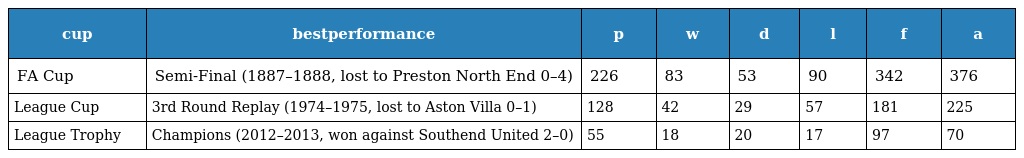
| cup | bestperformance | p | w | d | l | f | a |
 | --- | --- | --- | --- | --- | --- | --- | --- |
 | FA Cup | Semi-Final (1887–1888, lost to Preston North End 0–4) | 226 | 83 | 53 | 90 | 342 | 376 |
 | League Cup | 3rd Round Replay (1974–1975, lost to Aston Villa 0–1) | 128 | 42 | 29 | 57 | 181 | 225 |
 | League Trophy | Champions (2012–2013, won against Southend United 2–0) | 55 | 18 | 20 | 17 | 97 | 70 |